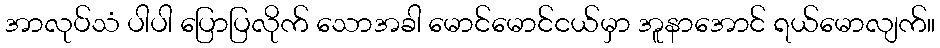
အာလုပ်သံ ပါပါ ပြောပြလိုက် သောအခါ မောင်မောင်ငယ်မှာ အူနာအောင် ရယ်မောလျက်။